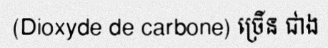
(Dioxyde de carbone) ច្រើន ជាង